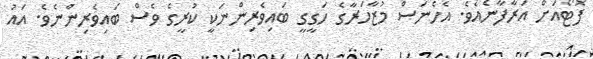
ފޮޓޯއަށް އަރާފާނެއެވެ. އެހެނަސް މުޒާހަރާގެ ހަގީގީ ބައިވެރިންނަކީ ކުރީގެ ވެސް ބައިވެރިންނެވެ. އައު